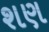
શણ